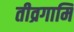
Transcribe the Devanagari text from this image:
तीव्रगामि